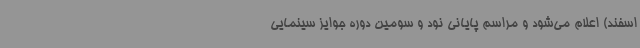
اسفند) اعلام می‌شود و مراسم پایانی نود و سومین دوره جوایز سینمایی